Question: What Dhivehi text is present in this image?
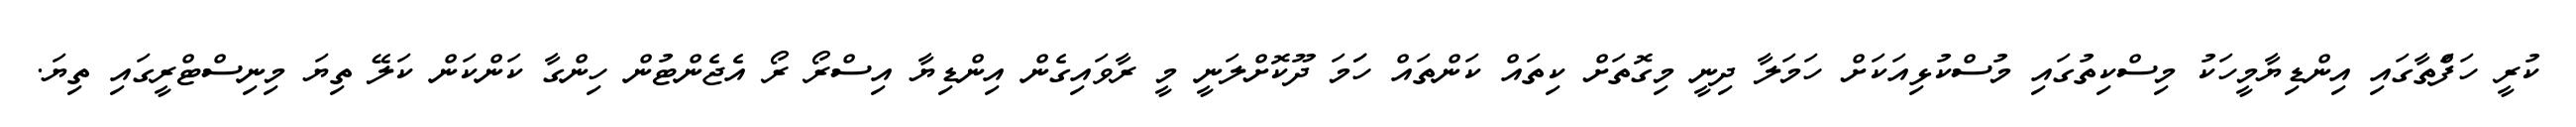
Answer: ކުރީ ހަފަްތާގައި އިންޑިޔާމީހަކު މިސްކިތުގައި މުސްކުޅިއަކަށް ހަމަލާ ދިނީ މިގޮތަށް ކިތައް ކަންތައް ހަަމަ ދޫކޮށްލަނީ މީ ރާވައިގެން އިންޑިޔާ އިސްރޯ ރޯ އެޖެންޓުން ހިންގާ ކަންކަން ކަލޭ ތިޔަ މިނިސްޓްރީގައި ތިޔަ.